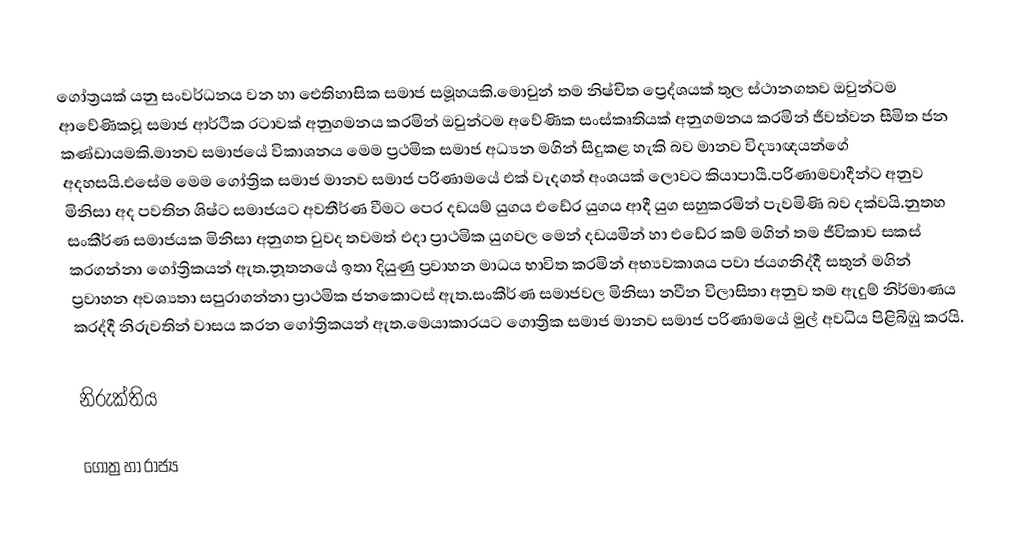
ගෝත්‍රයක් යනු සංවර්ධනය වන හා ඓතිහාසික සමාජ සමූහයකි.මොවුන් තම නිෂ්චිත ප්‍රෙද්ශයක් තුල ස්ථානගතව ඔවුන්ටම ආවේණිකවූ සමාජ ආර්ථික රටාවක් අනුගමනය කරමින් ඔවුන්ටම අවේණික සංස්කෘතියක් අනුගමනය කරමින් ජීවත්වන සීමිත ජන කණ්ඩායමකි.මානව සමාජයේ විකාශනය මෙම ප්‍රථමික සමාජ අධ්‍යන මගින් සිදුකළ හැකි බව මානව විද්‍යාඥයන්ගේ අදහසයි.එසේම මෙම ගෝත්‍රික සමාජ මානව සමාජ පරිණාමයේ එක් වැදගත් අංශයක් ලොවට කියාපායී.පරිණාමවාදීන්ට අනුව මිනිසා අද පවතින ශිෂ්ට සමාජයට අවතීර්ණ වීමට පෙර දඩයම් යුගය එඩේර යුගය ආදී යුග සහුකරමින් පැවමිණි බව දක්වයි.නුතහ සංකීර්ණ සමාජයක මිනිසා අනුගත වුවද තවමත් එදා ප්‍රාථමික යුගවල මෙන් දඩයමින් හා එඩේර කම් මගින් තම ජීවිකාව සකස් කරගන්නා ගෝත්‍රිකයන් ඇත.නූතනයේ ඉතා දියුණු ප්‍රවාහන මාධය භාවිත කරමින් අභ්‍යවකාශය පවා ජයගනිද්දී සතුන් මගින් ප්‍රවාහන අවශ්‍යතා සපුරාගන්නා ප්‍රාථමික ජනකොටස් ඇත.සංකීර්ණ සමාජවල මිනිසා නවීන විලාසිතා අනුව තම ඇදුම් නිර්මාණය කරද්දී නිරුවතින් වාසය කරන ගෝත්‍රිකයන් ඇත.මෙයාකාරයට ගොත්‍රික සමාජ මානව සමාජ පරිණාමයේ මුල් අවධිය පිළිබිඹු කරයි.

නිරුක්තිය

ගෝත්‍ර හා රාජ්‍ය